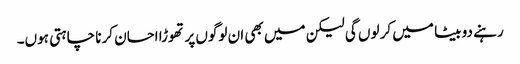
رہنے دو بیٹا میں کر لوں گی لیکن میں بھی ان لوگوں پر تھوڑا احسان کرنا چاہتی ہوں۔